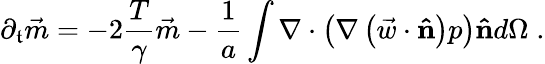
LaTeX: \partial_{\mathfrak{t}}\vec{{m}}=-2\frac{{T}}{{\gamma}}\vec{{m}}-\frac{{1}}{{a}}\int\nabla\cdot\left(\nabla\left(\vec{{w}}\cdot\mathbf{{\hat{{n}}}}\right)p\right)\mathbf{{\hat{{n}}}}d\Omega\; .